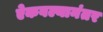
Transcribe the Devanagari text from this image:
ऐकवल्यानंतर